Annual administration report of the Civil Veterinary Department of India - 1896-1897
Year: 1896
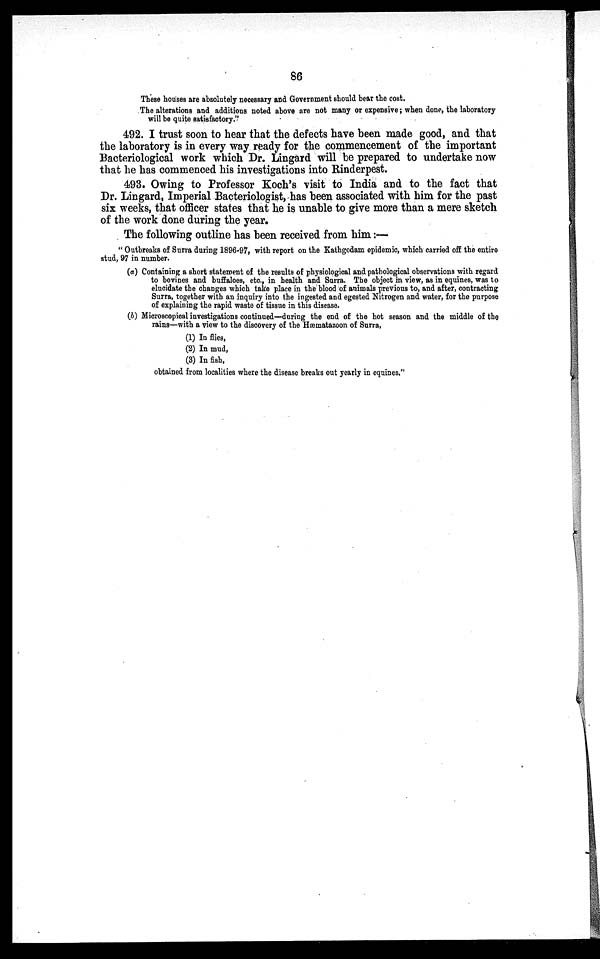
86
These houses are absolutely necessary and Government should bear the cost.
The alterations and additions noted above are not many or expensive; when done, the laboratory
will be quite satisfactory."
492. I trust soon to hear that the defects have been made good, and that
the laboratory is in every way ready for the commencement of the important
Bacteriological work which Dr. Lingard will be prepared to undertake now
that he has commenced his investigations into Rinderpest.
493. Owing to Professor Koch's visit to India and to the fact that
Dr. Lingard, Imperial Bacteriologist, has been associated with him for the past
six weeks, that officer states that he is unable to give more than a mere sketch
of the work done during the year.
The following outline has been received from him:—
"Outbreaks of Surra during 1896-97, with report on the Kathgodam epidemic, which carried off the entire
stud, 97 in number.
(a) Containing a short statement of the results of physiological and pathological observations with regard
to bovines and buffaloes, etc., in health and Surra. The object in view, as in equines, was to
elucidate the changes which take place in the blood of animals previous to, and after, contracting
Surra, together with an inquiry into the ingested and egested Nitrogen and water, for the purpose
of explaining the rapid waste of tissue in this disease.
(b) Microscopical investigations continued—during the end of the hot season and the middle of the
rains—with a view to the discovery of the Hæmatazoon of Surra,
(1) In flies,
(2) In mud,
(3) In fish,
obtained from localities where the disease breaks out yearly in equines,"